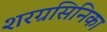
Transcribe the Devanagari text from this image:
शरग्रसिनिका